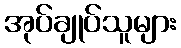
အုပ်ချုပ်သူများ